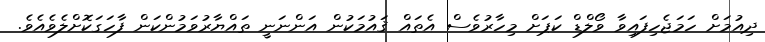
ދިއުމަށް ހަމަޖެހިފައިވާ ވޯލްޑް ކަޕަށް މިހާރުވެސް އެތައް ޤައުމަކުން އަންނަނީ ތައްޔާރުވަމުންކަން ފާހަގަކޮށްލެވެއެވެ.